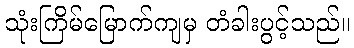
သုံးကြိမ်မြောက်ကျမှ တံခါးပွင့်သည်။